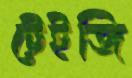
টেইজি